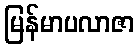
မြန်မာပလာဇာ